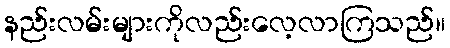
နည်းလမ်းများကိုလည်းလေ့လာကြသည်။